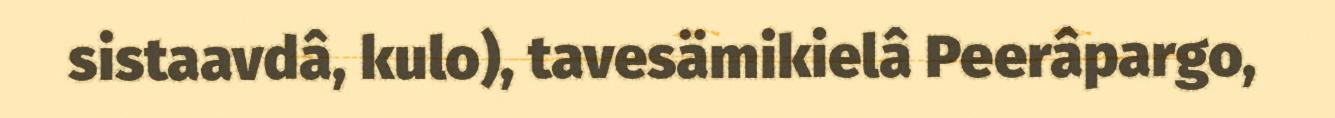
sistaavdâ, kulo), tavesämikielâ Peerâpargo,